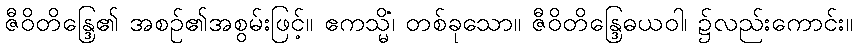
ဇီဝိတိန္ဒြေ၏ အစဉ်၏အစွမ်းဖြင့်။ ဧကသ္မိံ၊ တစ်ခုသော။ ဇီဝိတိန္ဒြေဓယဝါ၊ ၌လည်းကောင်း။